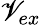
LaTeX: \mathscr{V}_{ex}